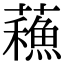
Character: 蘓